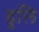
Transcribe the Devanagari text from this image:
डुलि